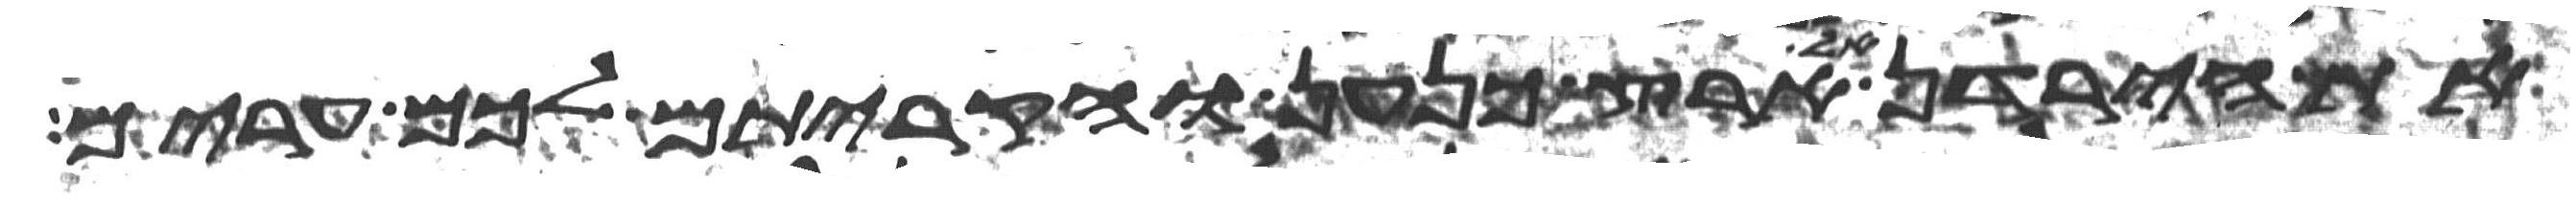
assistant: את הירדן אל ארץ כנען והקריתם לכם ערים